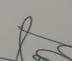
Signature authenticity: genuine